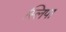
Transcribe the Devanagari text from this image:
स्लिपा